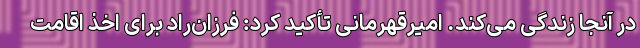
در آنجا زندگی می‌کند. امیرقهرمانی تأکید کرد: فرزان‌راد برای اخذ اقامت